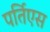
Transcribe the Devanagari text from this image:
पर्तिएस